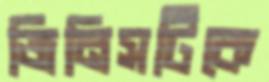
জিনিসটিকে